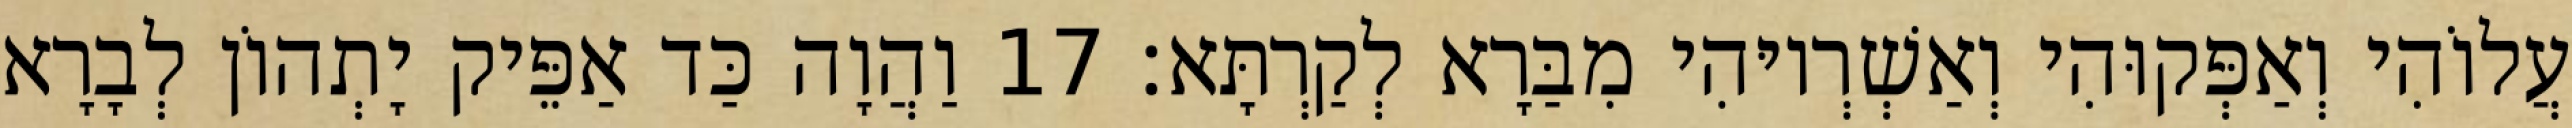
עֲלוֹהִי וְאַפְּקוּהִי וְאַשְׁרְיוּהִי מִבַּרָא לְקַרְתָּא׃ 17 וַהֲוָה כַּד אַפֵּיק יָתְהוֹן לְבָרָא